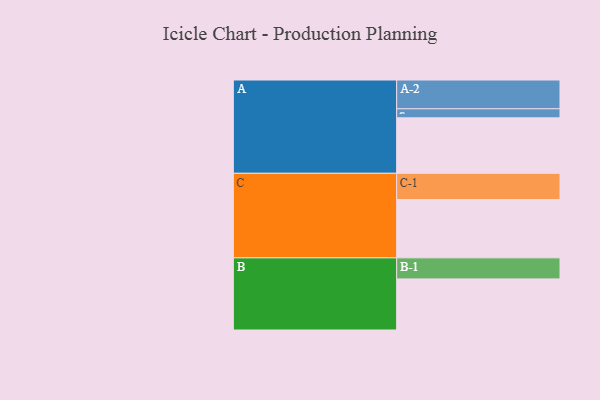
{"axis": {"x": "Segment", "y": "Value"}, "legend": ["", "A", "B", "C"], "data": [{"x": "A", "y": 532, "type": ""}, {"x": "B", "y": 490, "type": ""}, {"x": "C", "y": 560, "type": ""}, {"x": "A-1", "y": 87, "type": "A"}, {"x": "A-2", "y": 276, "type": "A"}, {"x": "B-1", "y": 202, "type": "B"}, {"x": "C-1", "y": 251, "type": "C"}]}